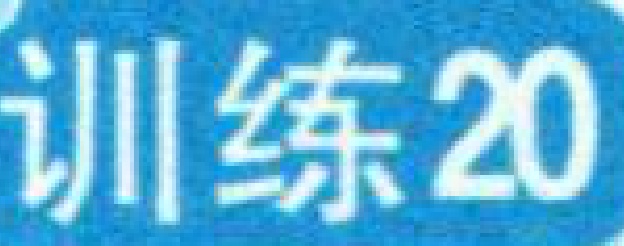
训练20